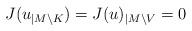
LaTeX: \begin{align*} J(u_{|M\setminus K}) = J(u)_{| M\setminus V} = 0 \end{align*}